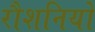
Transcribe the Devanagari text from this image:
रौशनियों